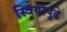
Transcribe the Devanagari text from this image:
स्त्रियांपुढे